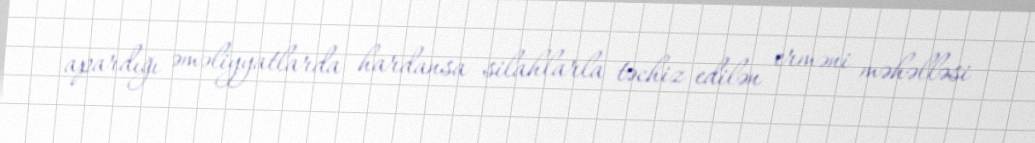
apardığı əməliyyatlarda hardansa silahlarla təchiz edilən erməni məhəlləsi